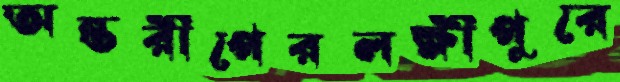
অন্তরীপেরলক্ষীপুরে